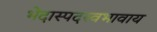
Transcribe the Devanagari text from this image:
भेदास्पदस्वभावाय